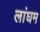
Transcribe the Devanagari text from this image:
लांघम